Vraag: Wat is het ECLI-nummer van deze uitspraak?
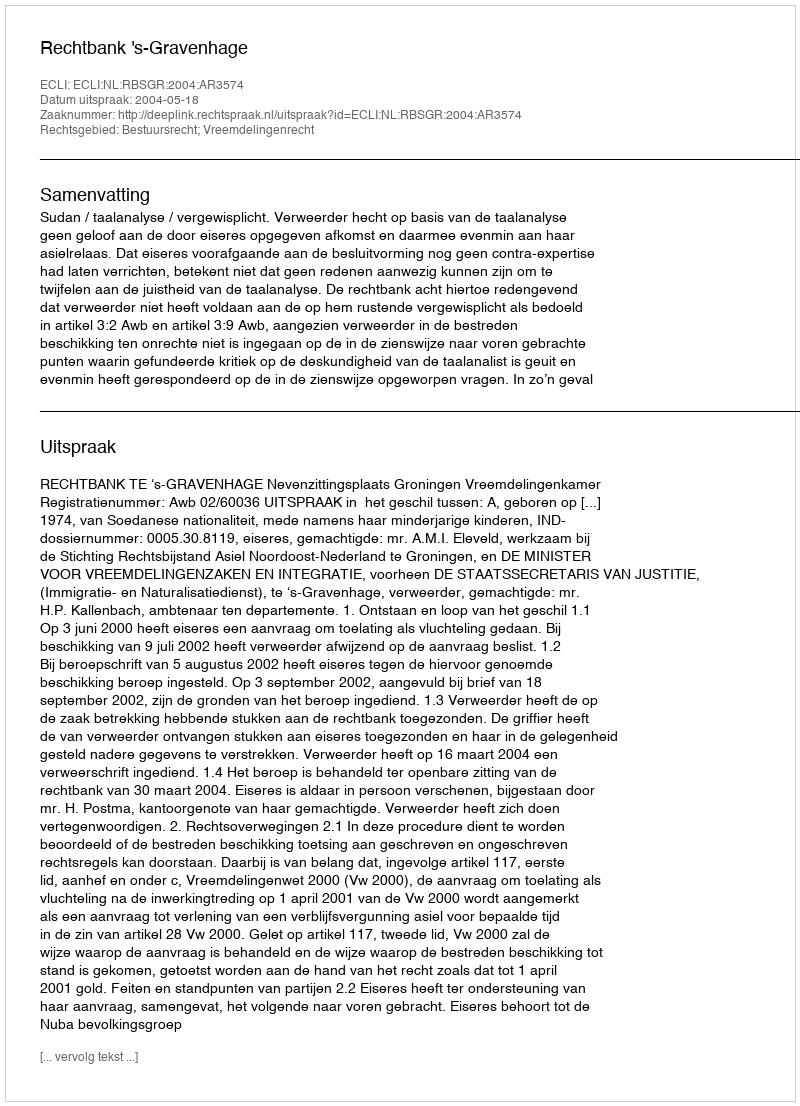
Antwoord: ECLI:NL:RBSGR:2004:AR3574